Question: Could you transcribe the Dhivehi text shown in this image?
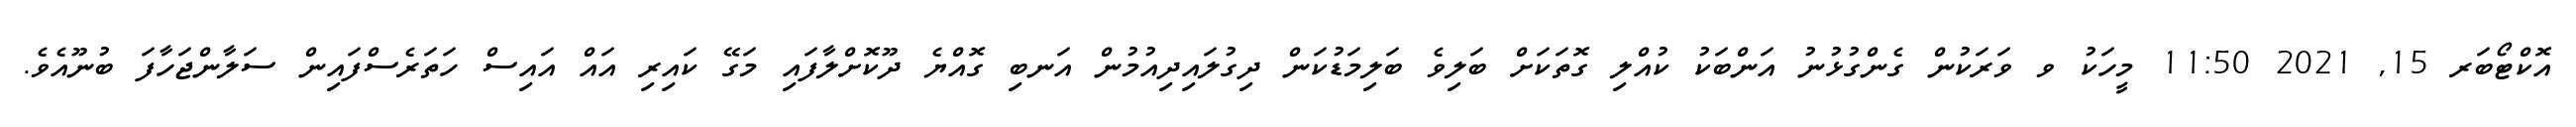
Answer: އޮކްޓޯބަރ 15, 2021 11:50 މީހަކު ވ ވަރަކުން ގެންގުޅުނު އަންބަކު ކުއްލި ގޮތަކަށް ބަލިވެ ބަލިމަޑުކަން ދިގުލައިދިއުމުން އަނބި ގޮއްޔެ ދޫކޮށްލާފައި މަގޭ ކައިރި އައް އައިސް ހަތަރެސްފައިން ސަލާންޖަހާފަ ބުނޫއެވެ.